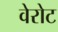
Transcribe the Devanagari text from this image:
वेरोट